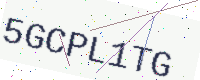
Text: 5GCPL1TG